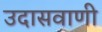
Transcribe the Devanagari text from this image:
उदासवाणी